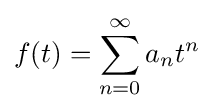
f(t)=\sum _{n=0}^{\infty }a_{n}t^{n}